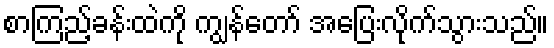
စာကြည့်ခန်းထဲကို ကျွန်တော် အပြေးလိုက်သွားသည်။